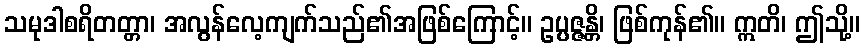
သမုဒါစရိတတ္တာ၊ အလွန်လေ့ကျက်သည်၏အဖြစ်ကြောင့်။ ဥပ္ပဇ္ဇန္တိ၊ ဖြစ်ကုန်၏။ ဣတိ၊ ဤသို့။